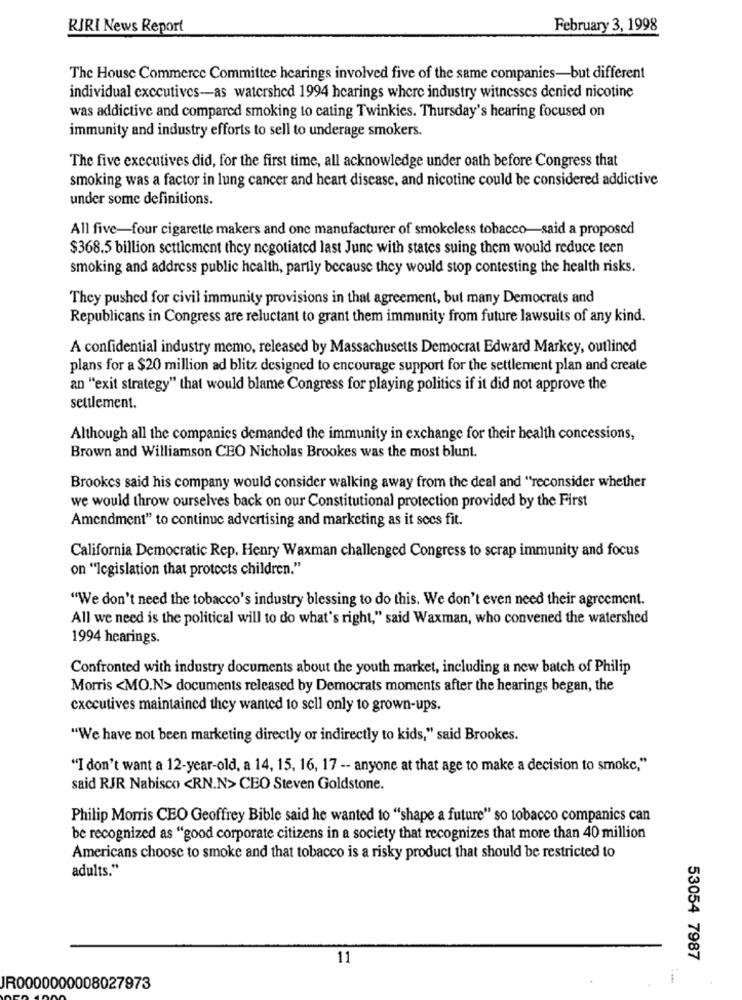
RIRI News Report
February 3, 1998
The House Commerce Committee hearings involved five of the same companies-but different
individual executives-as watershed 1994 hearings where industry witnesses denied nicotine
was addictive and compared smoking to cating Twinkies. Thursday's hearing focused on
immunity and industry efforts to sell to underage smokers.
The five executives did, for the first time, all acknowledge under oath before Congress that
smoking was a factor in lung cancer and heart disease, and nicotine could be considered addictive
under some definitions.
All five-four cigarette makers and one manufacturer of smokeless tobacco-said a proposed
$368.5 billion settlement they negotiated last June with states suing them would reduce teen
smoking and address public health, partly because they would stop contesting the health risks.
They pushed for civil immunity provisions in that agreement, but many Democrats and
Republicans in Congress are reluctant to grant them immunity from future lawsuits of any kind.
A confidential industry memo, released by Massachusetts Democrat Edward Markey, outlined
plans for a $20 million ad blitz. designed to encourage support for the settlement plan and create
an "exit strategy" that would blame Congress for playing politics if it did not approve the
settlement.
Although all the companies demanded the immunity in exchange for their health concessions,
Brown and Williamson CEO Nicholas Brookes was the most blunt.
Brookes said his company would consider walking away from the deal and "reconsider whether
we would throw ourselves back on our Constitutional protection provided by the First
Amendment" to continue advertising and marketing as it secs fit.
California Democratic Rep. Henry Waxman challenged Congress to scrap immunity and focus
on "Icgislation that protects children."
"We don't need the tobacco's industry blessing to do this. We don't even need their agreement.
All we need is the political will to do what's right," said Waxman, who convened the watershed
1994 hearings.
Confronted with industry documents about the youth market, including a new batch of Philip
Morris <MO.N> documents released by Democrats moments after the hearings began, the
cxccutives maintained they wanted to sell only to grown-ups.
"We have not been marketing directly or indirectly to kids," said Brookes.
"I don't want a 12-year-old, a 14, 15, 16, 17 -- anyone at that age to make a decision to smoke,"
said RJR Nabisco <RN.N> CEO Steven Goldstone.
Philip Morris CEO Geoffrey Bible said he wanted to "shape a future" so tobacco companies can
be recognized as "good corporate citizens in a society that recognizes that more than 40 million
Americans choose to smoke and that tobacco is a risky product that should be restricted to
adults."
11
53054 7987
JR0000000008027973